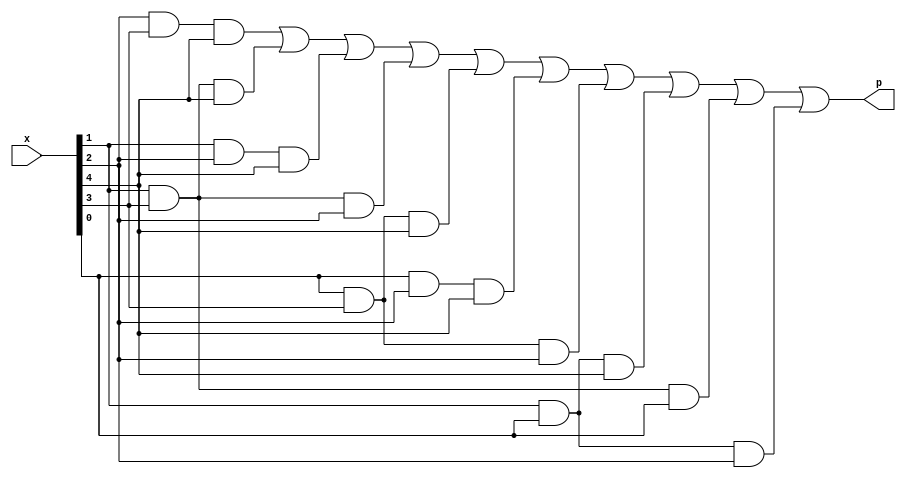

///////////Gate Level////////////////////////


module majority_Circuit(input[5:1]x,output p);
wire [9:0] w;
// instantiate with And Gates
and a1(w[0],x[3],x[4],x[5]);
and a2(w[1],x[2],x[4],x[5]);
and a3(w[2],x[2],x[3],x[5]);
and a4(w[3],x[2],x[4],x[3]);
and a5(w[4],x[1],x[4],x[5]);
and a6(w[5],x[1],x[3],x[5]);
and a7(w[6],x[1],x[4],x[3]);
and a8(w[7],x[2],x[1],x[5]);
and a9(w[8],x[2],x[4],x[1]);
and a10(w[9],x[2],x[1],x[3]);
or o1(p,w[0],w[1],w[2],w[3],w[4],w[5],w[6],w[7],w[8],w[9]);
endmodule